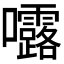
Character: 𭍆